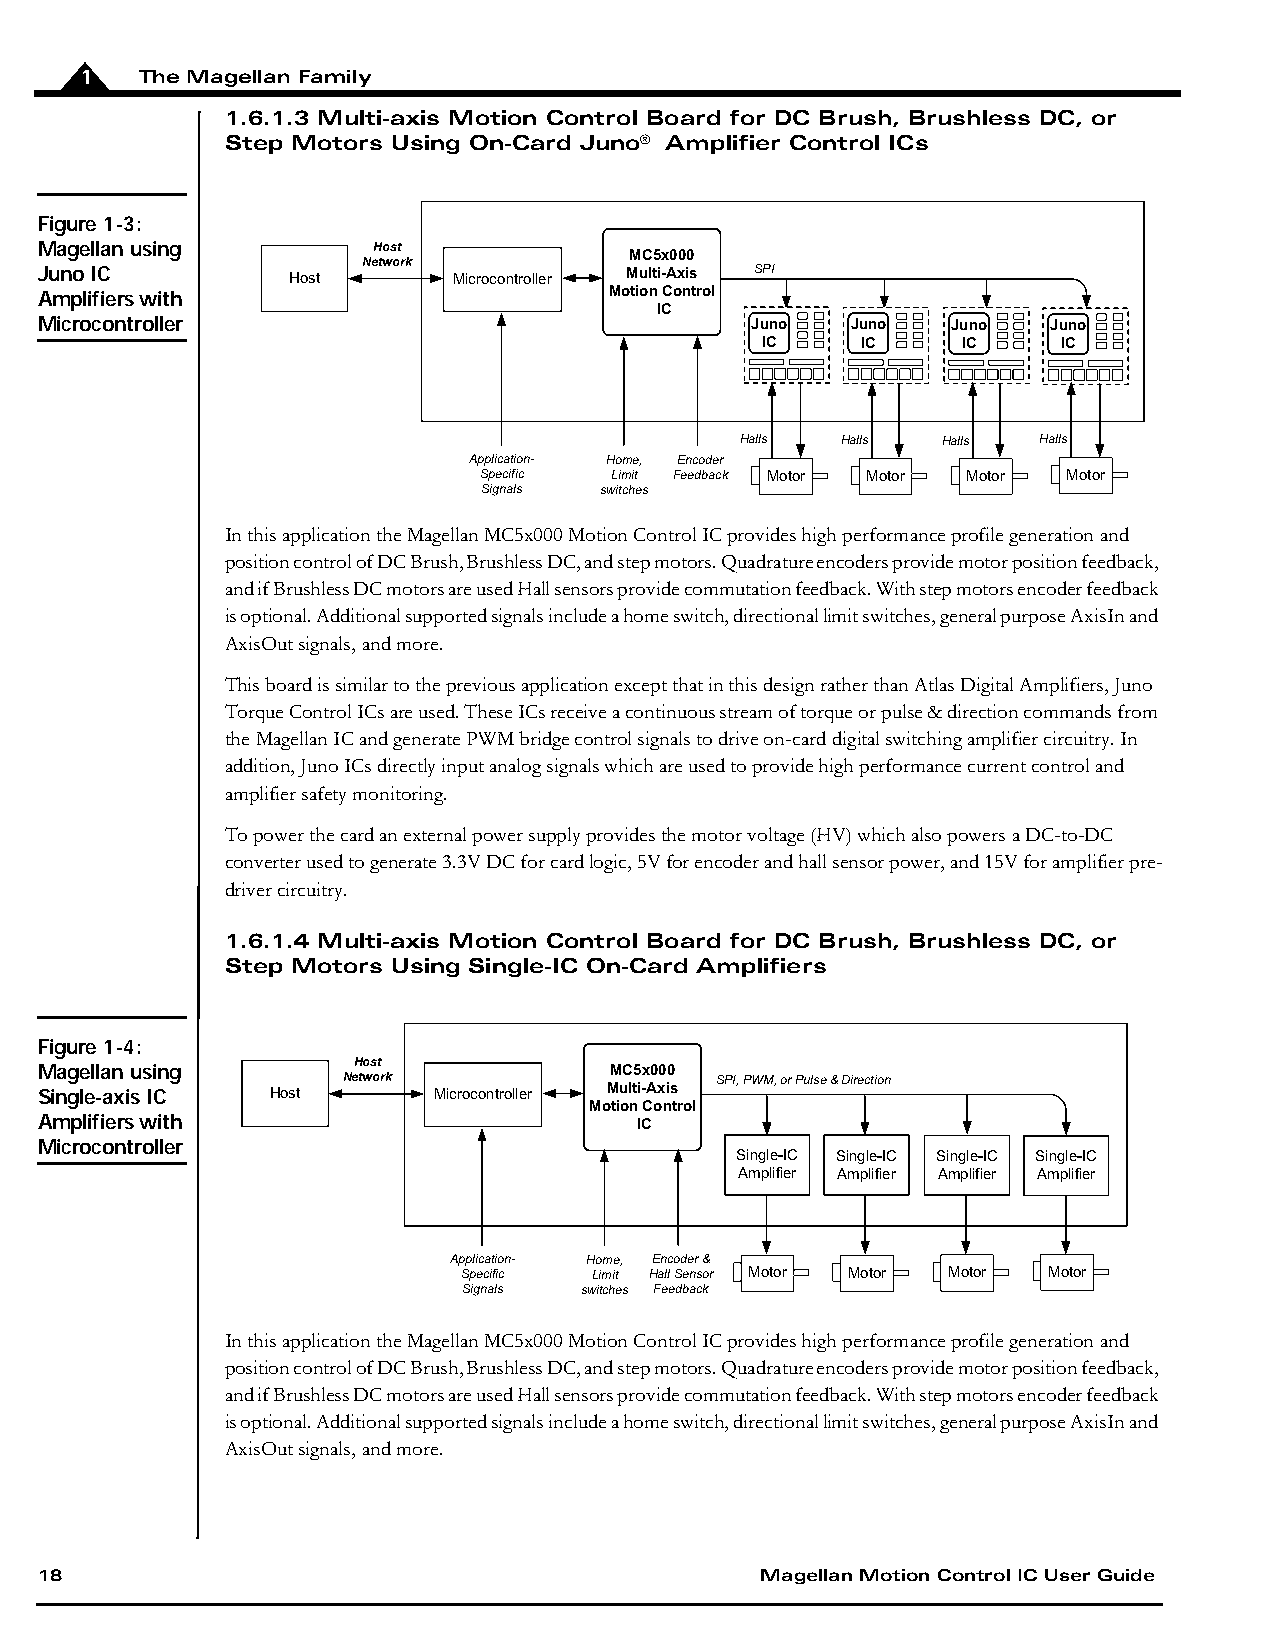
1   The Magellan Family
 1.6.1.3 Multi-axis Motion Control Board for DC Brush, Brushless DC, or
 Step Motors Using On-Card Juno® Amplifier Control ICs
 Figure 1-3:
 Magellan using         Host
 Network           MC5x000
 Juno IC          Host       Microcontroller Multi-Axis SPI
 Amplifiers with                       Motion Control
 IC
 Microcontroller                                 Juno  Juno   Juno   Juno
 IC     IC     IC    IC
 Halls  Halls Halls  Halls
 Application- Home, Encoder
 Specific Limit Feedback Motor Motor Motor Motor
 Signals switches
 In this application the Magellan MC5x000 Motion Control IC provides high performance profile generation and
 position control of DC Brush, Brushless DC, and step motors. Quadrature encoders provide motor position feedback,
 and if Brushless DC motors are used Hall sensors provide commutation feedback. With step motors encoder feedback
 is optional. Additional supported signals include a home switch, directional limit switches, general purpose AxisIn and
 AxisOut signals, and more.
 This board is similar to the previous application except that in this design rather than Atlas Digital Amplifiers, Juno
 Torque Control ICs are used. These ICs receive a continuous stream of torque or pulse & direction commands from
 the Magellan IC and generate PWM bridge control signals to drive on-card digital switching amplifier circuitry. In
 addition, Juno ICs directly input analog signals which are used to provide high performance current control and
 amplifier safety monitoring.
 To power the card an external power supply provides the motor voltage (HV) which also powers a DC-to-DC
 converter used to generate 3.3V DC for card logic, 5V for encoder and hall sensor power, and 15V for amplifier pre-
 driver circuitry.
 1.6.1.4 Multi-axis Motion Control Board for DC Brush, Brushless DC, or
 Step Motors Using Single-IC On-Card Amplifiers
 Figure 1-4:
 Host
 Magellan using       Network          MC5x000 SPI, PWM, or Pulse & Direction
 Single-axis IC  Host       Microcontroller Multi-Axis
 Motion Control
 Amplifiers with                         IC
 Microcontroller
 Single-IC Single-IC Single-IC Single-IC
 Amplifier Amplifier Amplifier Amplifier
 Application- Home, Encoder &
 Specific Limit Hall Sensor Motor Motor Motor Motor
 Signals switches Feedback
 In this application the Magellan MC5x000 Motion Control IC provides high performance profile generation and
 position control of DC Brush, Brushless DC, and step motors. Quadrature encoders provide motor position feedback,
 and if Brushless DC motors are used Hall sensors provide commutation feedback. With step motors encoder feedback
 is optional. Additional supported signals include a home switch, directional limit switches, general purpose AxisIn and
 AxisOut signals, and more.
 18                                              Magellan Motion Control IC User Guide